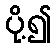
ပို့၍